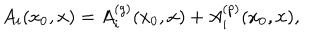
A _ { i } ( x _ { 0 } , { \bf x } ) = A _ { i } ^ { ( g ) } ( x _ { 0 } , { \bf x } ) + A _ { i } ^ { ( p ) } ( x _ { 0 } , { \bf x } ) ,